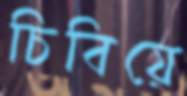
চিবিয়ে